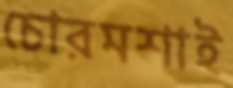
চোরমশাই